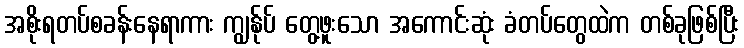
အစိုးရတပ်စခန်းနေရာကား ကျွန်ုပ် တွေ့ဖူးသော အကောင်းဆုံး ခံတပ်တွေထဲက တစ်ခုဖြစ်ပြီး